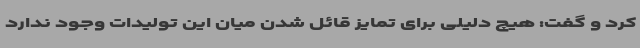
کرد و گفت: هیچ دلیلی برای تمایز قائل شدن میان این تولیدات وجود ندارد